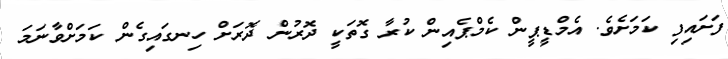
ފަށައިފި ކަމަށެވެ. އެމްޑީޕީން ކެމްޕެއިން ކުރާ ގޮތަކީ ދޮރުން ދޮރަށް ހިނގައިގެން ކަމަށްވާނަމަ